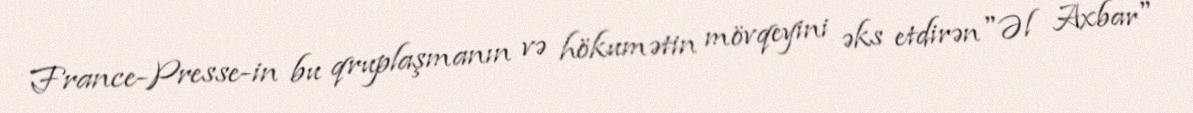
France-Presse-in bu qruplaşmanın və hökumətin mövqeyini əks etdirən "Əl Axbar"